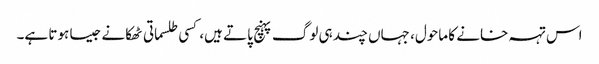
اس تہہ خانے کا ماحول، جہاں چند ہی لوگ پہنچ پاتے ہیں، کسی طلسماتی ٹھکانے جیسا ہوتا ہے۔